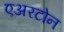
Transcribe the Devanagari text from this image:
एअरटोन